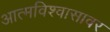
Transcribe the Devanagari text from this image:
आत्मविश्वासावर